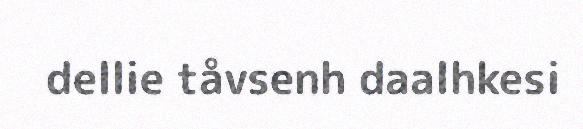
dellie tåvsenh daalhkesi